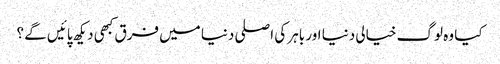
کیا وہ لوگ خیالی دنیا اور باہر کی اصلی دنیا میں فرق کبھی دیکھ پائیں گے ؟